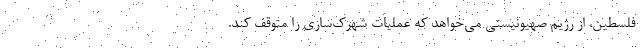
فلسطین، از رژیم صهیونیستی می‌خواهد که عملیات شهرک‌سازی را متوقف کند.